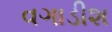
વગાડીશ